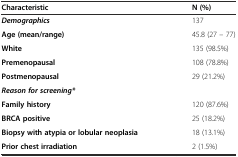
<table><thead><tr><td><b>Characteristic</b></td><td><b>N (%)</b></td></tr></thead><tbody><tr><td><b><i>Demographics</i></b></td><td>137</td></tr><tr><td><b>Age (mean/range)</b></td><td>45.8 (27 – 77)</td></tr><tr><td><b>White</b></td><td>135 (98.5%)</td></tr><tr><td><b>Premenopausal</b></td><td>108 (78.8%)</td></tr><tr><td><b>Postmenopausal</b></td><td>29 (21.2%)</td></tr><tr><td><b><i>Reason for screening*</i></b></td><td></td></tr><tr><td><b>Family history</b></td><td>120 (87.6%)</td></tr><tr><td><b>BRCA positive</b></td><td>25 (18.2%)</td></tr><tr><td><b>Biopsy with atypia or lobular neoplasia</b></td><td>18 (13.1%)</td></tr><tr><td><b>Prior chest irradiation</b></td><td>2 (1.5%)</td></tr></tbody></table>